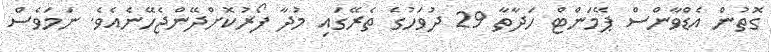
ގޮތުން އެޑްވާންސް ޕޭމަންޓް ހަދާތާ 29 ދުވަހުގެ ތެރޭގައި މުދާ ފޯރުކޮށްދޭންޖެހޭނެއެވެ. ނަމަވެސް